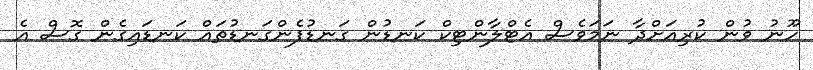
ހޫނު ވުން ކުރިއަށްދާ ނަމަވެސް އެޓްލާންޓިކް ކަނޑުން ގަނޑުފެންގަނޑުތައް ކަނޑައިގެން ގޮސް އެ